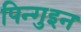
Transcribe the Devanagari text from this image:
पिन्गुइन